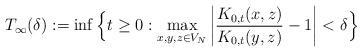
LaTeX: \begin{align*}T_\infty(\delta):=\inf\Big\{t\ge0:\max_{x,y,z\in V_N}\left|\frac{K_{0,t}(x,z)}{K_{0,t}(y,z)}-1\right|<\delta\Big\}\end{align*}